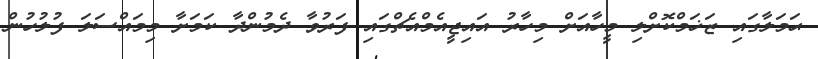
ޙަމަލާގައި ޒަޚަމްކޮށްލި މީހާއަށް މިހާރު އައިޖީއެމްއެޗްގައި ފަރުވާ ދެމުންދާ ކަމަށާ މިމައްސަލަ ފުލުހުން